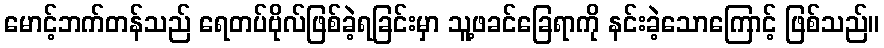
မောင့်ဘက်တန်သည် ရေတပ်ဗိုလ်ဖြစ်ခဲ့ရခြင်းမှာ သူ့ဖခင်ခြေရာကို နင်းခဲ့သောကြောင့် ဖြစ်သည်။